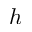
h